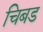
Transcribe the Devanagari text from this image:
चिबड